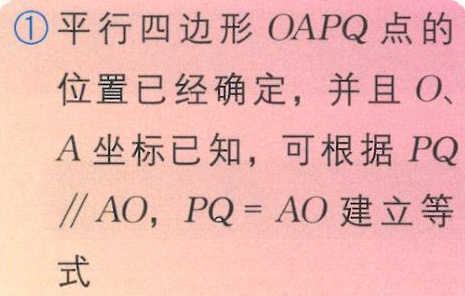
\textcircled{1}平行四边形\(OAPQ\)点的
位置已经确定，并且\(O\)、
\(A\)坐标已知，可根据\(PQ\)
\(\parallel AO\)，\(PQ = AO\)建立等
式